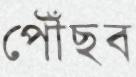
পৌঁছব